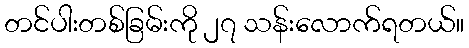
တင်ပါးတစ်ခြမ်းကို ၂၇ သန်းလောက်ရတယ်။